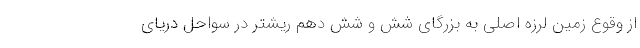
از وقوع زمین لرزه اصلی به بزرگای شش و شش دهم ریشتر در سواحل دریای